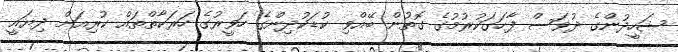
ޝަހީދުންގެ ދުވަސް ފާހަގަކުރުމުގެ ގޮތުން ބޭއްވި ކުޑަކުދިންގެ ހަވީރުގެ ހަރަކާތްތައް ކުރިއަށް ދިޔައީ